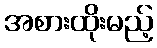
အစားထိုးမည့်